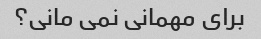
برای مهمانی نمی مانی؟